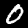
Digit: 0